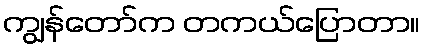
ကျွန်တော်က တကယ်ပြောတာ။